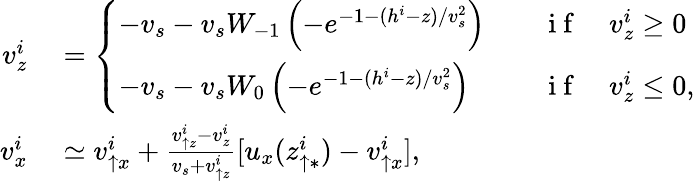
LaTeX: \begin{array}{rl}{v_{z}^{i}}&{{}=\left\{ \begin{array}{ll}{-v_{s}-v_{s}W_{-1}\left(-e^{-1-(h^{i}-z)/v_{s}^{2}}\right)}&{\quad\mathrm{~i~f~}\quad v_{z}^{i}\geq 0}\\ {-v_{s}-v_{s}W_{0}\left(-e^{-1-(h^{i}-z)/v_{s}^{2}}\right)}&{\quad\mathrm{~i~f~}\quad v_{z}^{i}\leq 0,}\end{array}\right.}\\ {v_{x}^{i}}&{{}\simeq v_{\uparrow x}^{i}+\frac{v_{\uparrow z}^{i}-v_{z}^{i}}{v_{s}+v_{\uparrow z}^{i}}[u_{x}(z_{\uparrow\ast}^{i})-v_{\uparrow x}^{i}],}\end{array}